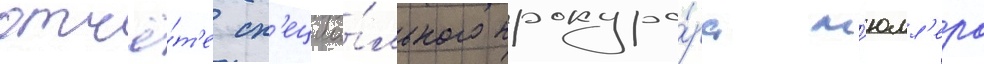
отчё́т'е сп'ециа́льного прокуро́ра м'юлл'ера